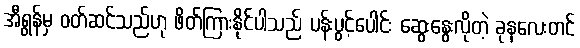
အီရွန်မှ ဝတ်ဆင်သည်ဟု ဖိတ်ကြားနိုင်ပါသည် ပန်းပွင့်ပေါင်း ဆွေးနွေးလိုတဲ့ ခုနလေးတင်